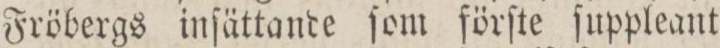
Fröbergs inſättande ſom förſte ſuppleant